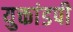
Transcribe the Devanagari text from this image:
युक्तांडपी